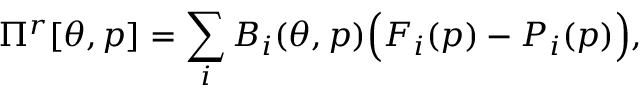
\Pi ^ { r } [ \theta , p ] = \sum _ { i } B _ { i } ( \theta , p ) \Big ( F _ { i } ( p ) - P _ { i } ( p ) \Big ) ,